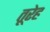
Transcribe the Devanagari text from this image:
तूरेह